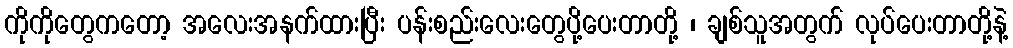
ကိုကိုတွေကတော့ အလေးအနက်ထားပြီး ပန်းစည်းလေးတွေပို့ပေးတာတို့ ၊ ချစ်သူအတွက် လုပ်ပေးတာတို့နဲ့